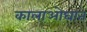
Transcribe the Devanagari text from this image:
कालाओघात